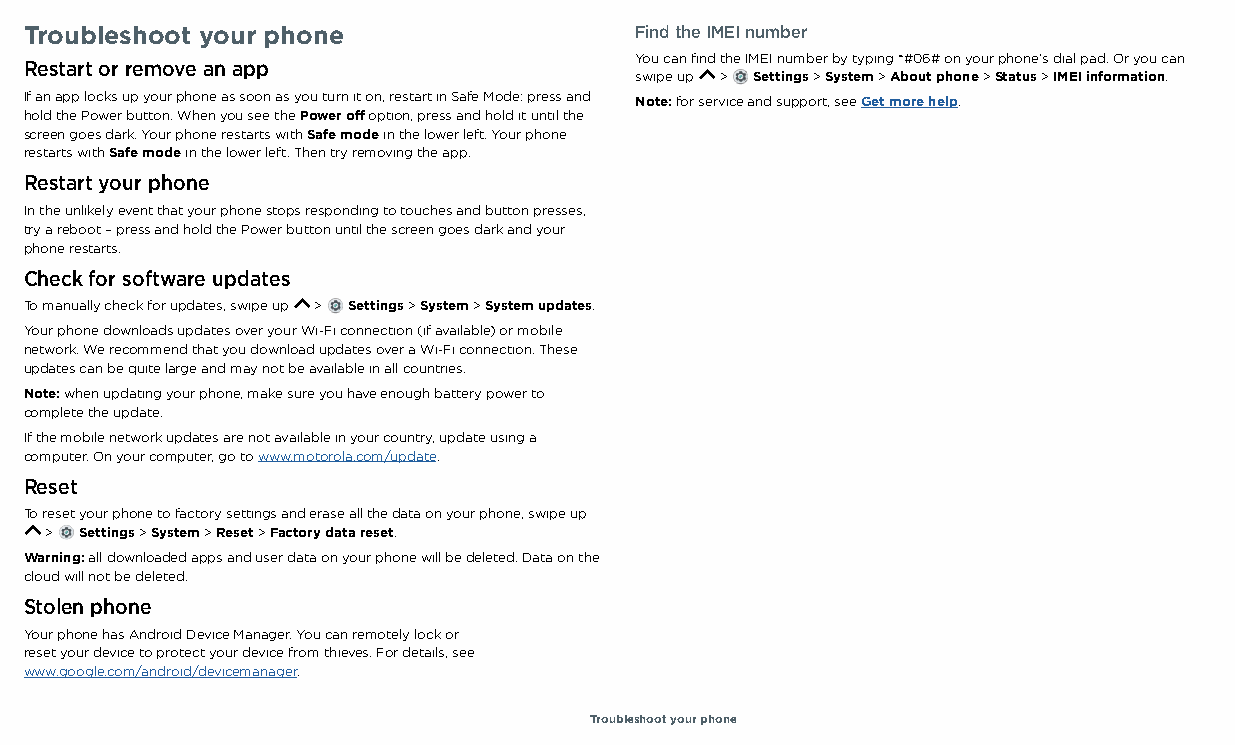
Troubleshoot your phone                 Find the IMEI number
 You can find the IMEI number by typing *#06# on your phone's dial pad. Or you can
 Restart or remove an app
 swipe up > Settings > System > About phone > Status > IMEI information.
 If an app locks up your phone as soon as you turn it on, restart in Safe Mode: press and Note: for service and support, see Get more help.
 hold the Power button. When you see the Power off option, press and hold it until the
 screen goes dark. Your phone restarts with Safe mode in the lower left. Your phone
 restarts with Safe mode in the lower left. Then try removing the app.
 Restart your phone
 In the unlikely event that your phone stops responding to touches and button presses,
 try a reboot – press and hold the Power button until the screen goes dark and your
 phone restarts.
 Check for software updates
 To manually check for updates, swipe up > Settings > System > System updates.
 Your phone downloads updates over your Wi-Fi connection (if available) or mobile
 network. We recommend that you download updates over a Wi-Fi connection. These
 updates can be quite large and may not be available in all countries.
 Note: when updating your phone, make sure you have enough battery power to
 complete the update.
 If the mobile network updates are not available in your country, update using a
 computer. On your computer, go to www.motorola.com/update.
 Reset
 To reset your phone to factory settings and erase all the data on your phone, swipe up
 > Settings > System > Reset > Factory data reset.
 Warning: all downloaded apps and user data on your phone will be deleted. Data on the
 cloud will not be deleted.
 Stolen phone
 Your phone has Android Device Manager. You can remotely lock or
 reset your device to protect your device from thieves. For details, see
 www.google.com/android/devicemanager.
 Troubleshoot your phone